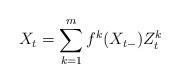
LaTeX: \begin{align*} X_t = \sum_{k=1}^m f^k(X_{t-}) Z^k_t \end{align*}